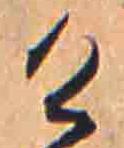
け